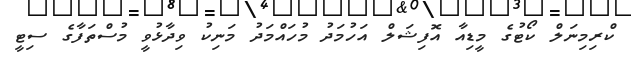
ކްރިމިނަލް ކޯޓުގެ މީޑިއާ އޮފިޝަލް އަހުމަދު މުހައްމަދު މަނިކު ވިދާޅުވީ މުސްތަފާގެ ސިޓީ